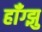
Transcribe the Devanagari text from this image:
हॉँग्झु